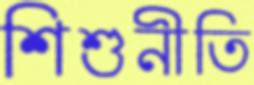
শিশুনীতি